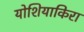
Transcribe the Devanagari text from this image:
योशियाकिरा